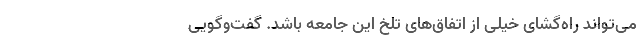
می‌تواند راه‌گشای خیلی از اتفاق‌های تلخ این جامعه باشد. گفت‌وگویی